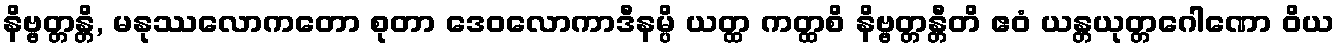
နိဗ္ဗတ္တန္တိ, မနုဿလောကတော စုတာ ဒေဝလောကာဒီနမ္ပိ ယတ္ထ ကတ္ထစိ နိဗ္ဗတ္တန္တီတိ ဧဝံ ယန္တယုတ္တဂေါဏော ဝိယ